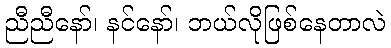
ညီညီနော်၊ နင်နော်၊ ဘယ်လိုဖြစ်နေတာလဲ